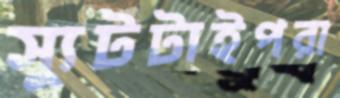
স্যুটটাইপরা